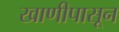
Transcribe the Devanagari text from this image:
खाणीपासून